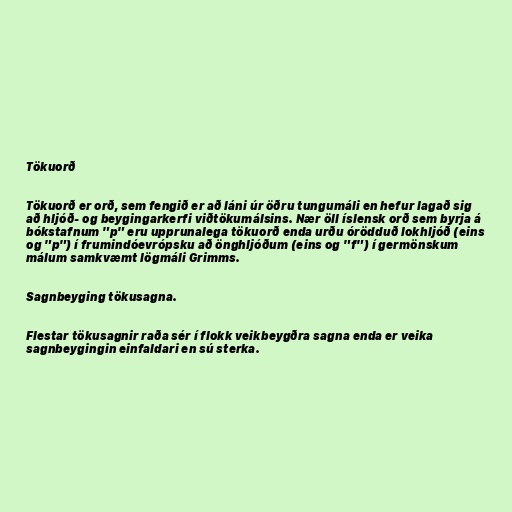
Tökuorð

Tökuorð er orð, sem fengið er að láni úr öðru tungumáli en hefur lagað sig
að hljóð- og beygingarkerfi viðtökumálsins. Nær öll íslensk orð sem byrja á
bókstafnum "p" eru upprunalega tökuorð enda urðu órödduð lokhljóð (eins
og "p") í frumindóevrópsku að önghljóðum (eins og "f") í germönskum
málum samkvæmt lögmáli Grimms.

Sagnbeyging tökusagna.

Flestar tökusagnir raða sér í flokk veikbeygðra sagna enda er veika
sagnbeygingin einfaldari en sú sterka.